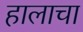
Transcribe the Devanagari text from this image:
हालाचा